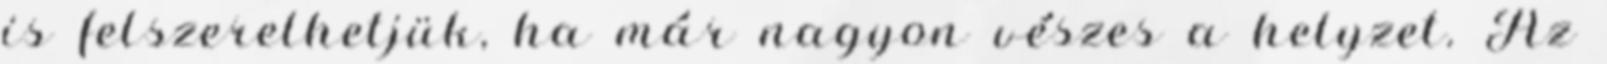
is felszerelhetjük, ha már nagyon vészes a helyzet. Az